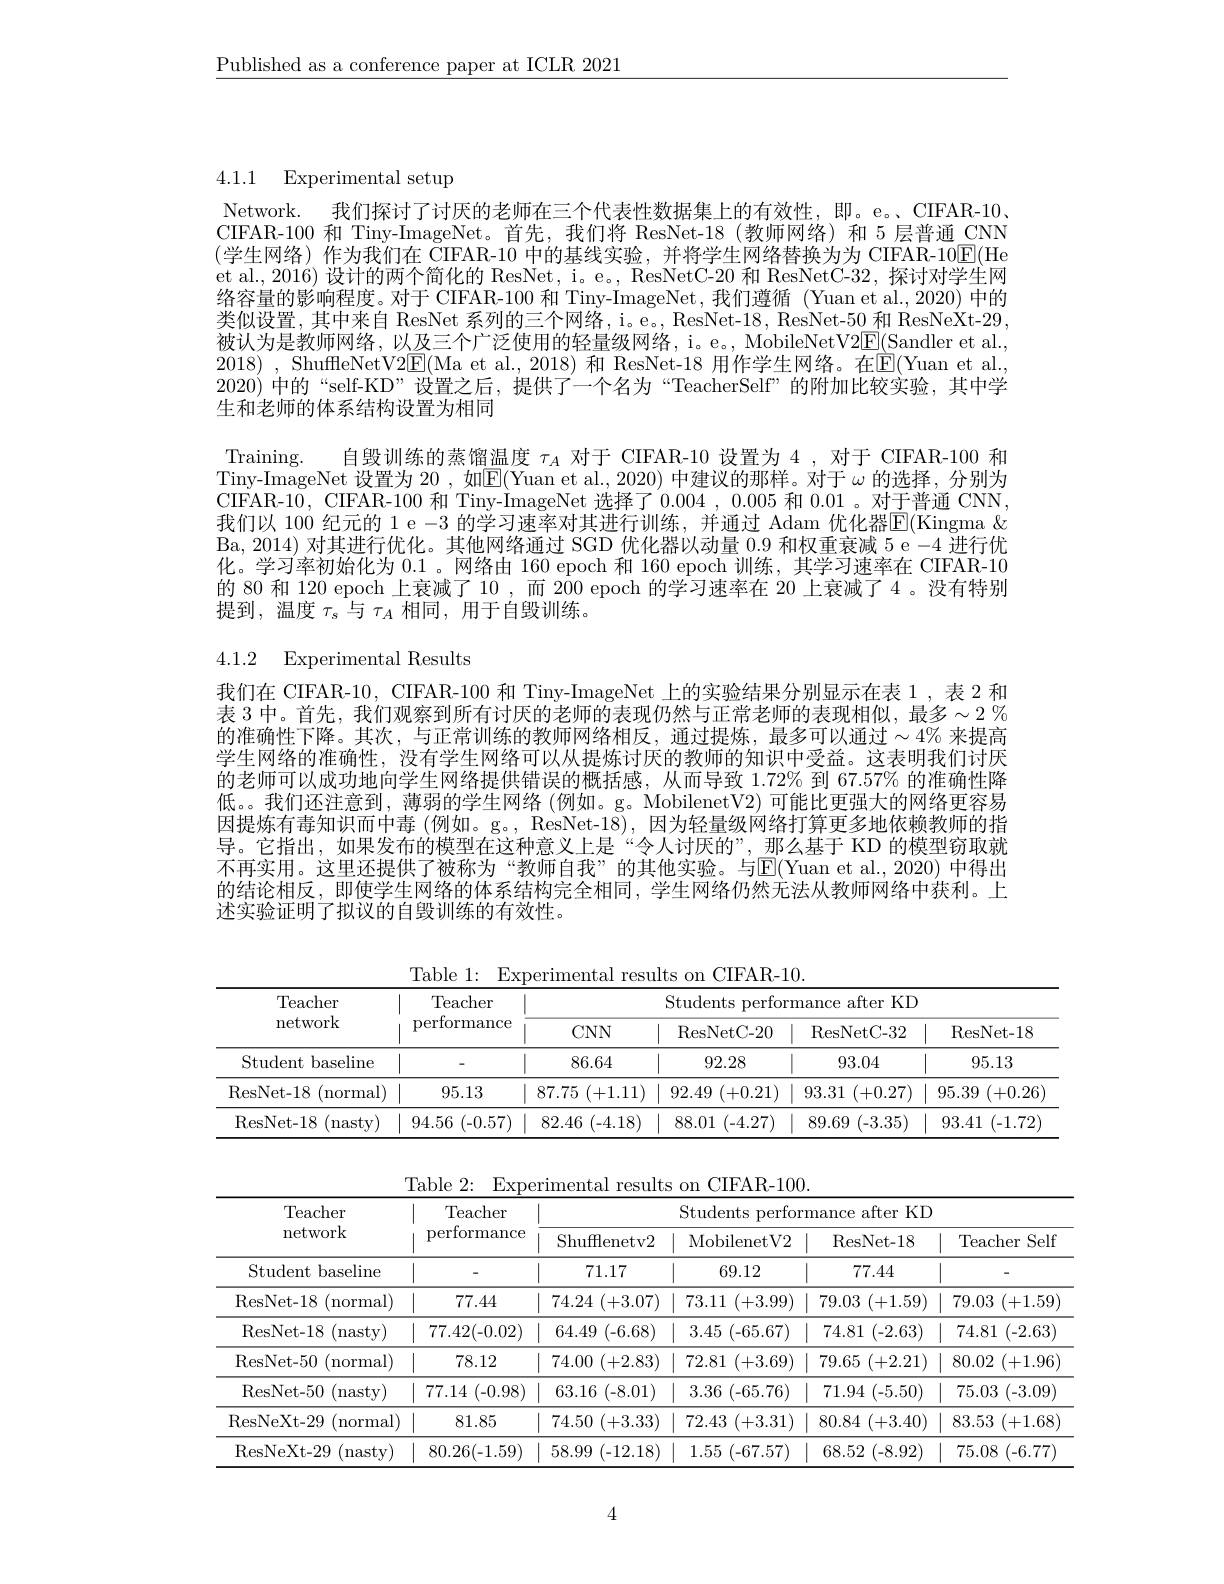
$\underline{\text{Published as a conference paper at ICLR 2021}}$

4.1.1 Experimental setup

Network. 我们探讨了讨厌的老师在三个代表性数据集上的有效性，即。e。、CIFAR-10. CIFAR-100 和 Tiny-ImageNet。首先，我们将 ResNet-18(教师网络)和 5层普通 CNN $(\ddot{\text{学生网络)作为我们在 }}\bar{\text{CIFAR-10 中的基线实验，并将学生网络替换为为 CIFAR-10}}\overline{\mathrm{E}}($He et al., 2016) 设计的两个简化的 ResNet, i。e。, ResNetC-20 和 ResNetC-32, 探讨对学生网络容量的影响程度。对于 CIFAR-100 和 Tiny-ImageNet, 我们遵循 (Yuan et al., 2020) 中的类似设置，其中来自 ResNet 系列的三个网络，i。e。, ResNet-18, ResNet-50 和 ResNeXt-29, 被认为是教师网络，以及三个广泛使用的轻量级网络，i。e。, MobileNetV$2\boxed{\mathrm{F}}($Sandler et al., 2018) , ShuffleNetV2E(Ma et al., 2018) 和 ResNet-18 用作学生网络。在E(Yuan et al. 2020) 中的“self-KD”设置之后，提供了一个名为“TeacherSelf”的附加比较实验，其中学生和老师的体系结构设置为相同
$\underset{\mathrm{Training}}{\operatorname*{\operatorname*{Training.}}}$
自毁训练的蒸馏温度$\tau_A$对于 CIFAR-10 设置为 4,对于 CIFAR-100 和
$\bar{\text{Tiny-ImageNet 设置为 20 , 如}\mathbb{E}}($Yuan et al., 2020) }中建议的那样。对于$\omega$的选择，分别为CIFAR-10, CIFAR-100 和 Tiny-ImageNet 选择了0.004,0.005和 0.01。对于普通 CNN, 我们以 100 纪元的 l e -3 的学习速率对其进行训练，并通过 Adam 优化器$\overline{\mathrm{E}}($Kingma & Ba, 2014) 对其进行优化。其他网络通过 SGD 优化器以动量 0.9 和权重衰减 5 e -4 进行优化。学习率初始化为0.1 。网络由160 epoch 和 160 epoch 训练，其学习速率在 CIFAR-10的 80 和 120 epoch 上衰减了10，而 200 epoch 的学习速率在 20 上衰减了 4。没有特别提到，温度$\tau_s$与$\tau_A$相同，用于自毁训练。

4.1.2 Experimental Results

我们在 CIFAR-10, CIFAR-100 和 Tiny-ImageNet 上的实验结果分别显示在表 1 ,表 2 和表 3 中。首先，我们观察到所有讨厌的老师的表现仍然与正常老师的表现相似，最多$\sim2\%$ 的准确性下降。其次，与正常训练的教师网络相反，通过提炼，最多可以通过$\sim4\%$ 来提高学生网络的准确性，没有学生网络可以从提炼讨厌的教师的知识中受益。这表明我们讨厌的老师可以成功地向学生网络提供错误的概括感，从而导致 1.72% 到 67.57% 的准确性降低。。我们还注意到，薄弱的学生网络 (例如。g。MobilenetV2)可能比更强大的网络更容易因提炼有毒知识而中毒(例如。g。, ResNet-18), 因为轻量级网络打算更多地依赖教师的指导。它指出，如果发布的模型在这种意义上是“令人讨厌的”,那么基于 KD 的模型窃取就不再实用。这里还提供了被称为“教师自我”的其他实验。与E(Yuan et al.,2020) 中得出的结论相反，即使学生网络的体系结构完全相同，学生网络仍然无法从教师网络中获利。上述实验证明了拟议的自毁训练的有效性。

Table 1: Experimental results on CIFAR-10.
<table>
	<tbody>
		<tr>
			<th rowspan="2">Teacher network</th>
			<th rowspan="2">Teacher performance</th>
			<th colspan="4">Students performance after KD</th>
		</tr>
		<tr>
			<th>$CNN$</th>
			<th>ResNetC-20</th>
			<th>ResNetC- 32</th>
			<th>ResNet- 18</th>
		</tr>
		<tr>
			<td>Student baseline</td>
			<td>11</td>
			<td>86.64</td>
			<td>92.28</td>
			<td>93.04</td>
			<td>11 95.13</td>
		</tr>
		<tr>
			<td>$({\mathrm{normal}})$ ResNet- 18</td>
			<td>95.13 11</td>
			<td>87.75 (+1.11)</td>
			<td>92.49 (+0.21)</td>
			<td>93.31 (+0.27)</td>
			<td>95.39 (+0.26]</td>
		</tr>
		<tr>
			<td>ResNet- 18 nastv</td>
			<td>94.56 (-0.57)</td>
			<td>82.46 (-4.18)</td>
			<td>88.01 (-4.27)</td>
			<td>89.69 (-3.35)</td>
			<td>93.41 (-1.72)</td>
		</tr>
	</tbody>
</table>

Table 2: Experimental results on CIFAR-100.
<table>
	<tbody>
		<tr>
			<th rowspan="2">Teacher network</th>
			<th rowspan="2">Teacher performance</th>
			<th colspan="4">Students performance after KD</th>
		</tr>
		<tr>
			<th>Shufflenetv2</th>
			<th>MobilenetV2</th>
			<th>ResNet-18</th>
			<th>Teacher Self</th>
		</tr>
		<tr>
			<td>Student baseline</td>
			<td>11</td>
			<td>71.17</td>
			<td> 69.12</td>
			<td>77.44</td>
			<td></td>
		</tr>
		<tr>
			<td>ResNet- 18 $({\mathrm{normal}})$</td>
			<td> 77.44</td>
			<td>74.24 (+3.07)</td>
			<td>73.11 (+3.99)</td>
			<td>79.03 (+1.59)</td>
			<td>79.03 (+1.59</td>
		</tr>
		<tr>
			<td>ResNet- 18 (nasty)</td>
			<td>77.42(-0.02)</td>
			<td>64.49 (-6.68)</td>
			<td>(-65.67) 3.45</td>
			<td>(-2.63) 74.81</td>
			<td>74.81 (-2.63)</td>
		</tr>
		<tr>
			<td>ResNet- 50 $({\mathrm{normal}})$</td>
			<td> 78.12</td>
			<td>74.00 (+2.83)</td>
			<td>72.81 (+3.69)</td>
			<td>79.65 (+2.21)</td>
			<td>80.02 (+1.96]</td>
		</tr>
		<tr>
			<td>ResNet- 50 (nasty)</td>
			<td>77.14 (-0.98)</td>
			<td>63.16 (-8.01)</td>
			<td>(-65.76) 3.36</td>
			<td>(-5.50) 71.94</td>
			<td>75.03 (-3.09)</td>
		</tr>
		<tr>
			<td>ResNeXt-29 ${\mathrm{normal}}$</td>
			<td> 81.85</td>
			<td>74.50 (+3.33)</td>
			<td>72.43 (+3.31)</td>
			<td>80.84 (+3.40)</td>
			<td>83.53 (+1.68]</td>
		</tr>
		<tr>
			<td>ResNeXt- 29 nasty</td>
			<td>80.26(-1.59)</td>
			<td>58.99 10 (-12.18) </td>
			<td>1.55 (-67.57)</td>
			<td>68.52 (-8.92)</td>
			<td>75.08 (-6.77)</td>
		</tr>
	</tbody>
</table>

4